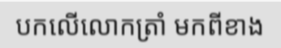
បកលើលោកត្រាំ មកពីខាង